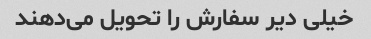
خیلی دیر سفارش را تحویل می‌دهند